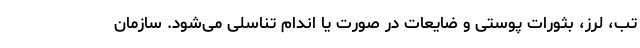
تب، لرز، بثورات پوستی و ضایعات در صورت یا اندام تناسلی می‌شود. سازمان